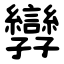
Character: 㝈